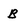
Character: B